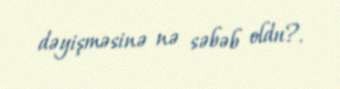
dəyişməsinə nə səbəb oldu?.